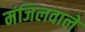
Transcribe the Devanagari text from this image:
मंजिलवाले